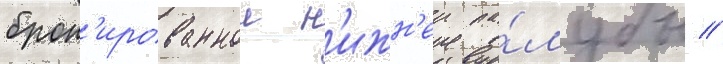
брон'ированнои н'ижн'еи па́лубы /